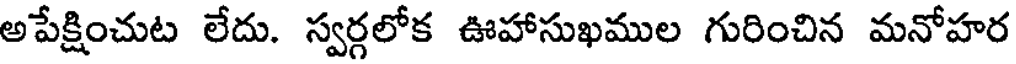
అపేక్షించుట లేదు. స్వర్గలోక ఊహాసుఖముల గురించిన మనోహర